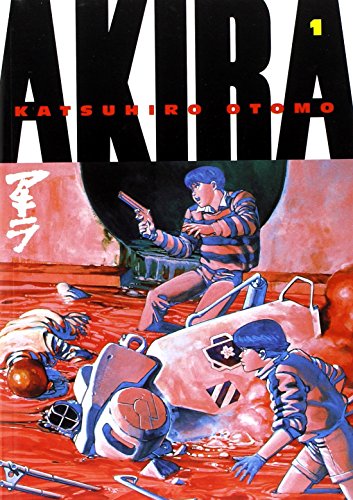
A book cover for Akira, Vol. 1; Katsuhiro Otomo; Comics & Graphic Novels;